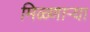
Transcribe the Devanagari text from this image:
मिळ्णाऱ्या